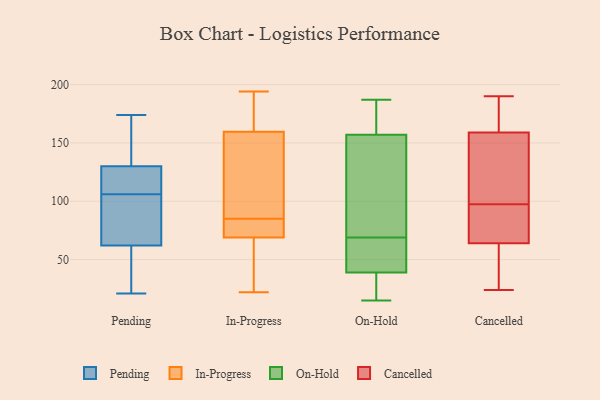
{"axis": {"x": "Market Share (%)", "y": "Value"}, "legend": ["Cancelled", "In-Progress", "On-Hold", "Pending"], "data": [{"x": "", "y": 93, "type": "Pending"}, {"x": "", "y": 174, "type": "Pending"}, {"x": "", "y": 130, "type": "Pending"}, {"x": "", "y": 117, "type": "Pending"}, {"x": "", "y": 107, "type": "Pending"}, {"x": "", "y": 136, "type": "Pending"}, {"x": "", "y": 105, "type": "Pending"}, {"x": "", "y": 46, "type": "Pending"}, {"x": "", "y": 62, "type": "Pending"}, {"x": "", "y": 21, "type": "Pending"}, {"x": "", "y": 176, "type": "In-Progress"}, {"x": "", "y": 161, "type": "In-Progress"}, {"x": "", "y": 158, "type": "In-Progress"}, {"x": "", "y": 33, "type": "In-Progress"}, {"x": "", "y": 88, "type": "In-Progress"}, {"x": "", "y": 22, "type": "In-Progress"}, {"x": "", "y": 78, "type": "In-Progress"}, {"x": "", "y": 35, "type": "In-Progress"}, {"x": "", "y": 177, "type": "In-Progress"}, {"x": "", "y": 62, "type": "In-Progress"}, {"x": "", "y": 105, "type": "In-Progress"}, {"x": "", "y": 170, "type": "In-Progress"}, {"x": "", "y": 78, "type": "In-Progress"}, {"x": "", "y": 52, "type": "In-Progress"}, {"x": "", "y": 152, "type": "In-Progress"}, {"x": "", "y": 132, "type": "In-Progress"}, {"x": "", "y": 82, "type": "In-Progress"}, {"x": "", "y": 81, "type": "In-Progress"}, {"x": "", "y": 194, "type": "In-Progress"}, {"x": "", "y": 76, "type": "In-Progress"}, {"x": "", "y": 35, "type": "On-Hold"}, {"x": "", "y": 148, "type": "On-Hold"}, {"x": "", "y": 160, "type": "On-Hold"}, {"x": "", "y": 69, "type": "On-Hold"}, {"x": "", "y": 164, "type": "On-Hold"}, {"x": "", "y": 51, "type": "On-Hold"}, {"x": "", "y": 187, "type": "On-Hold"}, {"x": "", "y": 64, "type": "On-Hold"}, {"x": "", "y": 75, "type": "On-Hold"}, {"x": "", "y": 15, "type": "On-Hold"}, {"x": "", "y": 28, "type": "On-Hold"}, {"x": "", "y": 189, "type": "Cancelled"}, {"x": "", "y": 110, "type": "Cancelled"}, {"x": "", "y": 79, "type": "Cancelled"}, {"x": "", "y": 86, "type": "Cancelled"}, {"x": "", "y": 45, "type": "Cancelled"}, {"x": "", "y": 117, "type": "Cancelled"}, {"x": "", "y": 51, "type": "Cancelled"}, {"x": "", "y": 184, "type": "Cancelled"}, {"x": "", "y": 24, "type": "Cancelled"}, {"x": "", "y": 69, "type": "Cancelled"}, {"x": "", "y": 109, "type": "Cancelled"}, {"x": "", "y": 64, "type": "Cancelled"}, {"x": "", "y": 190, "type": "Cancelled"}, {"x": "", "y": 159, "type": "Cancelled"}]}